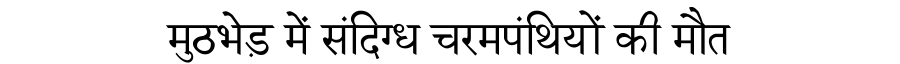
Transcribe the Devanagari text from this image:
मुठभेड़ में संदिग्ध चरमपंथियों की मौत